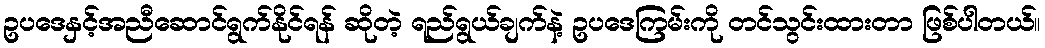
ဥပဒေနှင့်အညီဆောင်ရွက်နိုင်ရန် ဆိုတဲ့ ရည်ရွယ်ချက်နဲ့ ဥပဒေကြမ်းကို တင်သွင်းထားတာ ဖြစ်ပါတယ်။